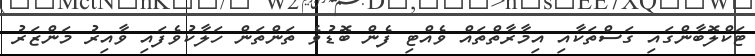
ޓަކްލޮބާންގައި ގަސްތަކާއި އިމާރާތްތައް ވެއްޓި ފެން ބޮޑުވެ ތަންތަން ހަލާކުވެފައި ވާއިރު މަންޒަރު